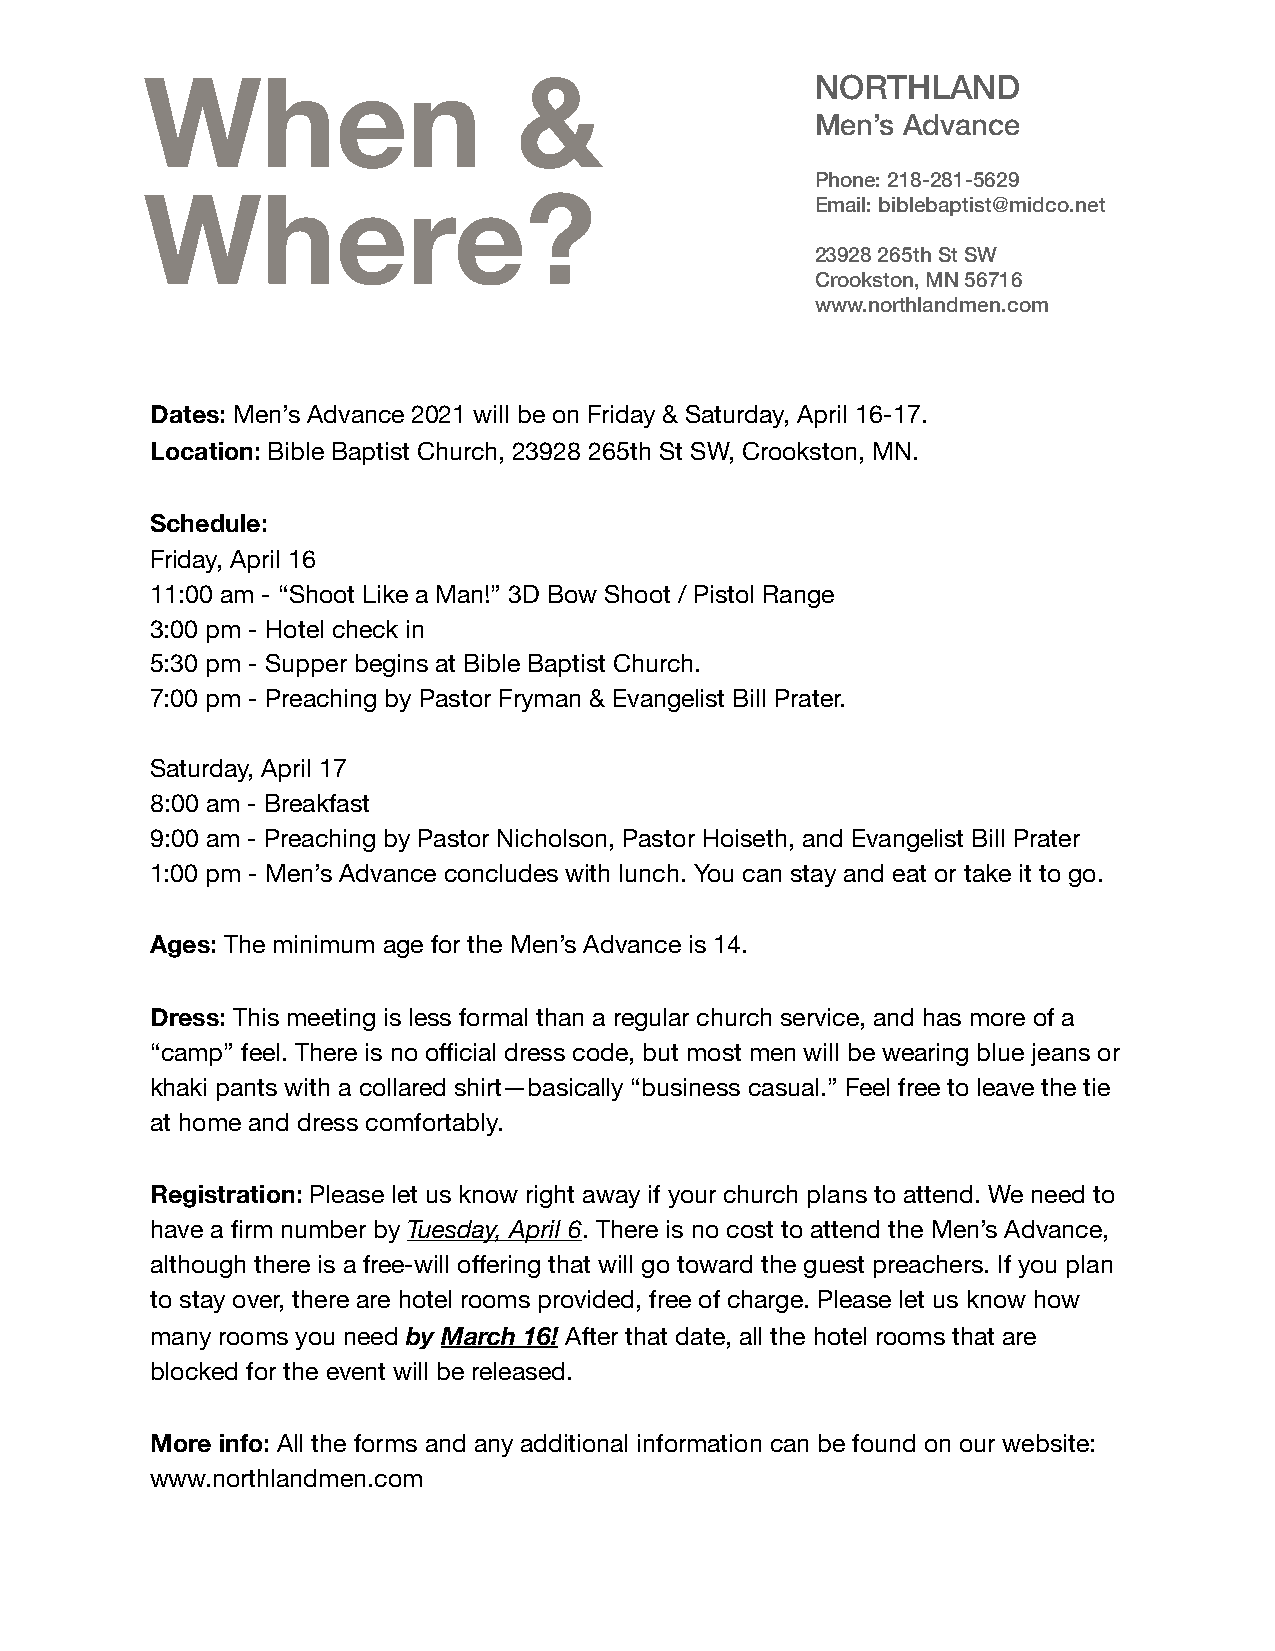
When                    &                   NORTHLAND
 Men’s Advance
 Phone: 218-281-5629
 Where?
 Email: biblebaptist@midco.net
 23928 265th St SW
 Crookston, MN 56716
 www.northlandmen.com
 Dates: Men’s Advance 2021 will be on Friday & Saturday, April 16-17.
 Location: Bible Baptist Church, 23928 265th St SW, Crookston, MN.
 Schedule:
 Friday, April 16
 11:00 am - “Shoot Like a Man!” 3D Bow Shoot / Pistol Range
 3:00 pm - Hotel check in
 5:30 pm - Supper begins at Bible Baptist Church.
 7:00 pm - Preaching by Pastor Fryman & Evangelist Bill Prater.
 Saturday, April 17
 8:00 am - Breakfast
 9:00 am - Preaching by Pastor Nicholson, Pastor Hoiseth, and Evangelist Bill Prater
 1:00 pm - Men’s Advance concludes with lunch. You can stay and eat or take it to go.
 Ages: The minimum age for the Men’s Advance is 14.
 Dress: This meeting is less formal than a regular church service, and has more of a
 “camp” feel. There is no official dress code, but most men will be wearing blue jeans or
 khaki pants with a collared shirt—basically “business casual.” Feel free to leave the tie
 at home and dress comfortably.
 Registration: Please let us know right away if your church plans to attend. We need to
 have a firm number by Tuesday, April 6. There is no cost to attend the Men’s Advance,
 although there is a free-will offering that will go toward the guest preachers. If you plan
 to stay over, there are hotel rooms provided, free of charge. Please let us know how
 many rooms you need by March 16! After that date, all the hotel rooms that are
 blocked for the event will be released.
 More info: All the forms and any additional information can be found on our website:
 www.northlandmen.com